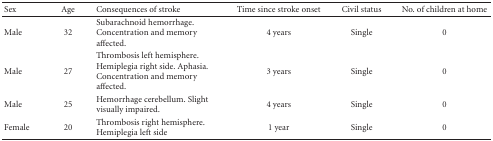
<table><thead><tr><td><b>Sex</b></td><td><b>Age</b></td><td><b>Consequences of stroke</b></td><td><b>Time since stroke onset</b></td><td><b>Civil status</b></td><td><b>No. of children at home</b></td></tr></thead><tbody><tr><td>Male</td><td>32</td><td>Subarachnoid hemorrhage. Concentration and memory affected.</td><td>4 years</td><td>Single</td><td>0</td></tr><tr><td>Male</td><td>27</td><td>Thrombosis left hemisphere.Hemiplegia right side. Aphasia. Concentration and memory affected.</td><td>3 years</td><td>Single</td><td>0</td></tr><tr><td>Male</td><td>25</td><td>Hemorrhage cerebellum. Slight visually impaired. </td><td>4 years</td><td>Single</td><td>0</td></tr><tr><td>Female</td><td>20</td><td>Thrombosis right hemisphere. Hemiplegia left side.</td><td>1 year</td><td>Single</td><td>0</td></tr></tbody></table>